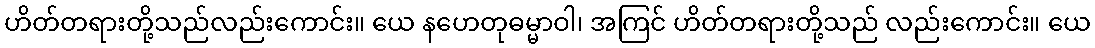
ဟိတ်တရားတို့သည်လည်းကောင်း။ ယေ နဟေတုဓမ္မာဝါ၊ အကြင် ဟိတ်တရားတို့သည် လည်းကောင်း။ ယေ